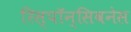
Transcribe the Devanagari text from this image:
रिस्पॉन्सिवनेस